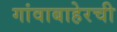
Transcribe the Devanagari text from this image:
गांवाबाहेरची